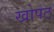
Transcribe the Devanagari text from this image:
खोपट